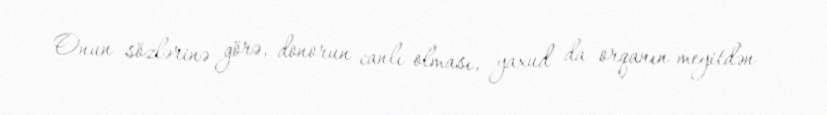
Onun sözlərinə görə, donorun canlı olması, yaxud da orqanın meyitdən